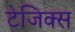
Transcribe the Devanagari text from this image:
टेजिक्स